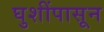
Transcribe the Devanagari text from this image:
घुशींपासून